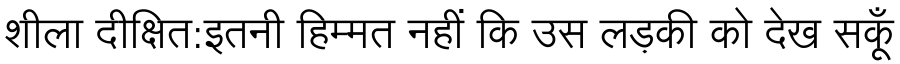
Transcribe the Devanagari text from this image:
शीला दीक्षित:इतनी हिम्मत नहीं कि उस लड़की को देख सकूँ